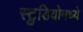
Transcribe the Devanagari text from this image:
स्टु़डियोमध्ये